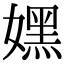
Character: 嫼